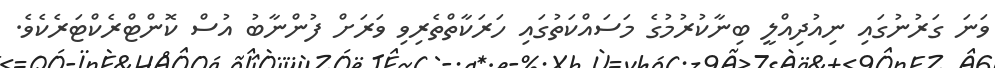
ވަނަ ގަރުނުގައި ނިއުދިއްލީ ބިނާކުރުމުގެ މަސައްކަތުގައި ހަރަކާތްތެރިވި ވަރަށް ފުންނާބު އުސް ކޮންޓްރެކްޓަރެކެވެ.